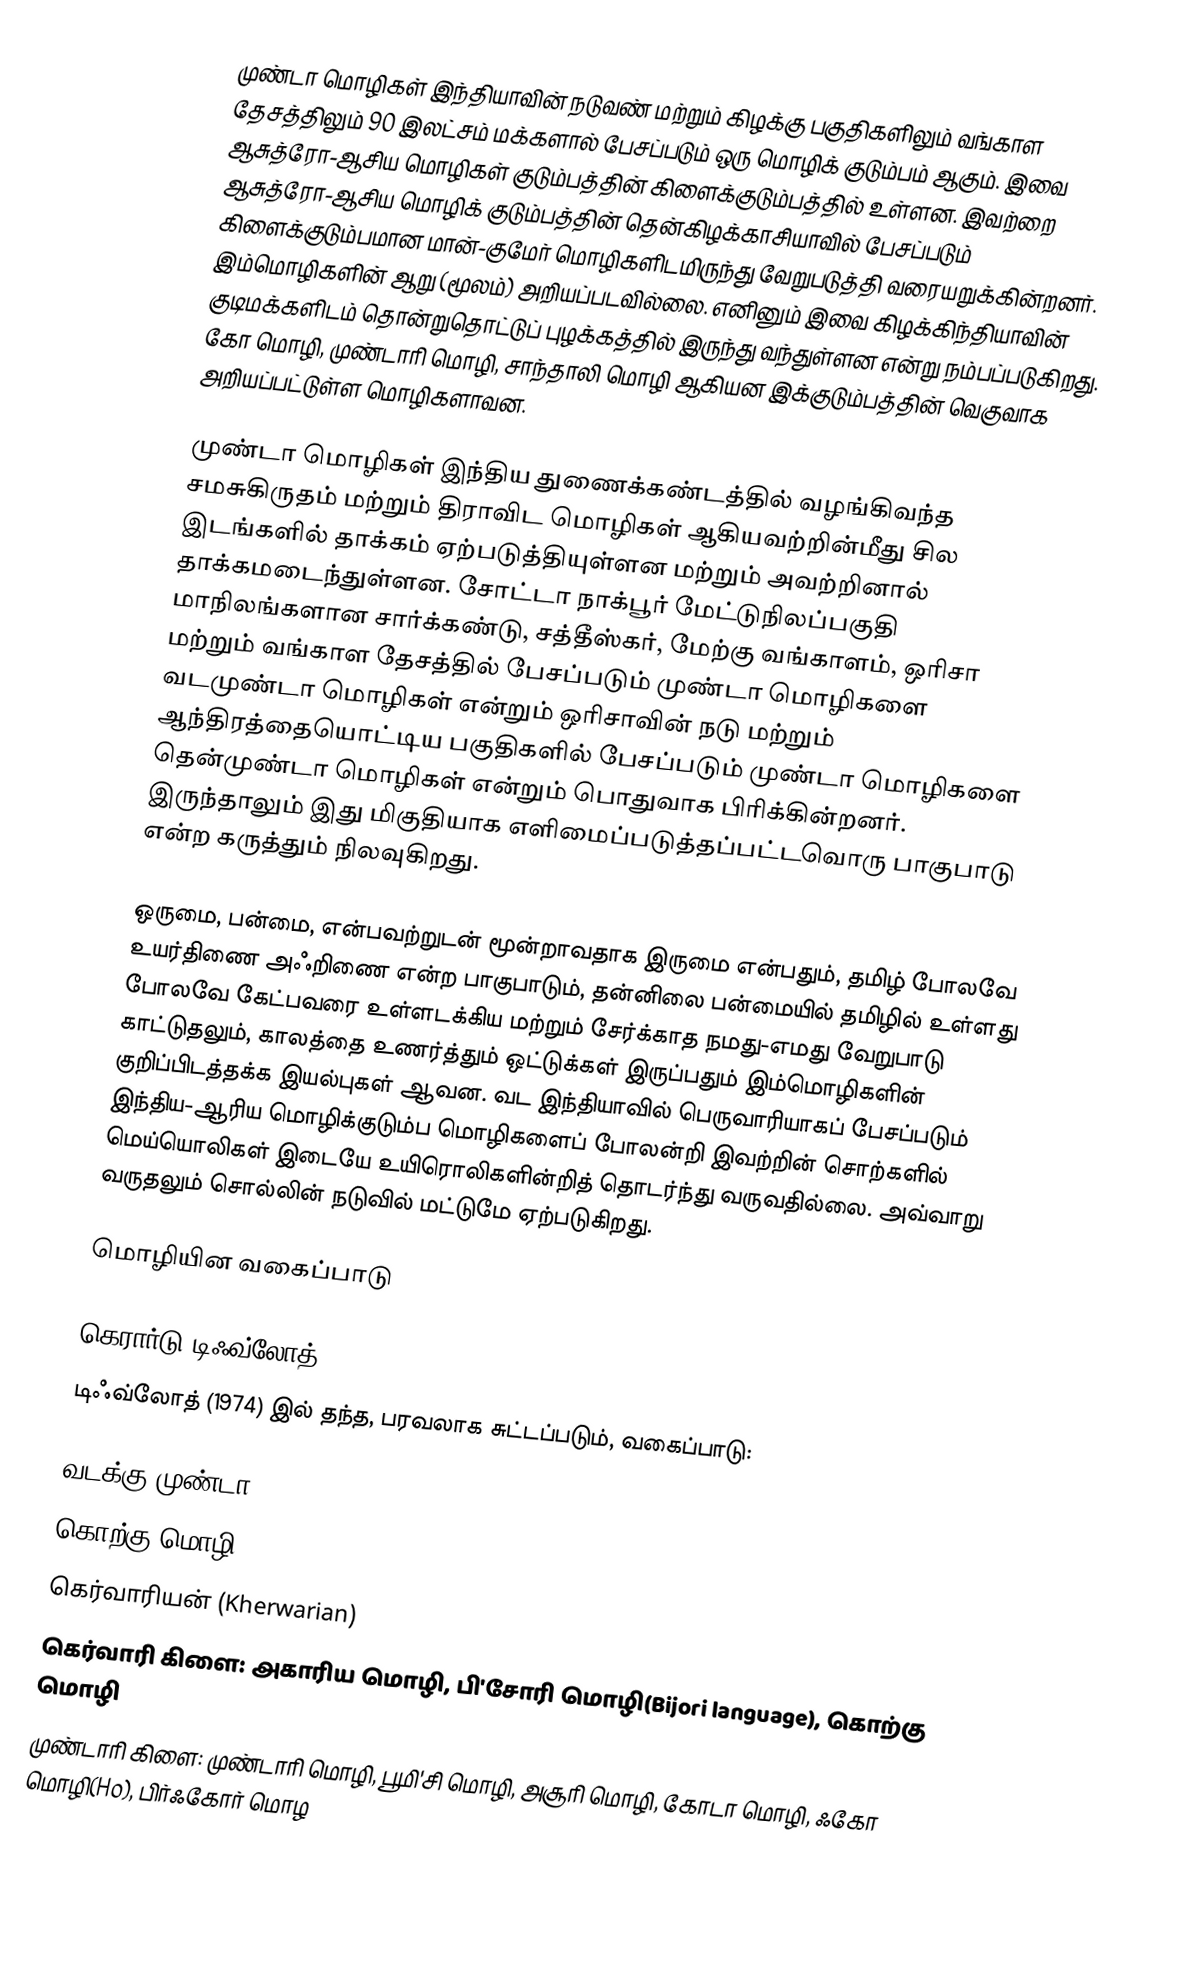
முண்டா மொழிகள்  இந்தியாவின் நடுவண் மற்றும் கிழக்கு பகுதிகளிலும் வங்காள தேசத்திலும் 90 இலட்சம் மக்களால் பேசப்படும் ஒரு மொழிக் குடும்பம் ஆகும். இவை ஆசுத்ரோ-ஆசிய மொழிகள் குடும்பத்தின் கிளைக்குடும்பத்தில் உள்ளன. இவற்றை  ஆசுத்ரோ-ஆசிய மொழிக் குடும்பத்தின்  தென்கிழக்காசியாவில் பேசப்படும் கிளைக்குடும்பமான மான்-குமேர் மொழிகளிடமிருந்து வேறுபடுத்தி வரையறுக்கின்றனர். இம்மொழிகளின் ஆறு (மூலம்) அறியப்படவில்லை. எனினும் இவை கிழக்கிந்தியாவின் குடிமக்களிடம் தொன்றுதொட்டுப் புழக்கத்தில் இருந்து வந்துள்ளன என்று நம்பப்படுகிறது. கோ மொழி, முண்டாரி மொழி, சாந்தாலி மொழி ஆகியன இக்குடும்பத்தின் வெகுவாக அறியப்பட்டுள்ள மொழிகளாவன.

முண்டா மொழிகள் இந்திய துணைக்கண்டத்தில் வழங்கிவந்த சமசுகிருதம் மற்றும் திராவிட மொழிகள் ஆகியவற்றின்மீது சில இடங்களில் தாக்கம் ஏற்படுத்தியுள்ளன மற்றும் அவற்றினால் தாக்கமடைந்துள்ளன. சோட்டா நாக்பூர் மேட்டுநிலப்பகுதி மாநிலங்களான சார்க்கண்டு, சத்தீஸ்கர், மேற்கு வங்காளம், ஒரிசா மற்றும் வங்காள தேசத்தில் பேசப்படும் முண்டா மொழிகளை வடமுண்டா மொழிகள் என்றும் ஒரிசாவின் நடு மற்றும் ஆந்திரத்தையொட்டிய  பகுதிகளில் பேசப்படும் முண்டா மொழிகளை தென்முண்டா மொழிகள் என்றும் பொதுவாக பிரிக்கின்றனர். இருந்தாலும் இது மிகுதியாக எளிமைப்படுத்தப்பட்டவொரு பாகுபாடு என்ற கருத்தும் நிலவுகிறது.

ஒருமை, பன்மை, என்பவற்றுடன் மூன்றாவதாக இருமை என்பதும், தமிழ் போலவே உயர்திணை அஃறிணை என்ற பாகுபாடும், தன்னிலை பன்மையில் தமிழில் உள்ளது போலவே கேட்பவரை உள்ளடக்கிய மற்றும் சேர்க்காத நமது-எமது வேறுபாடு காட்டுதலும், காலத்தை உணர்த்தும் ஒட்டுக்கள் இருப்பதும் இம்மொழிகளின் குறிப்பிடத்தக்க இயல்புகள் ஆவன. வட இந்தியாவில் பெருவாரியாகப் பேசப்படும் இந்திய-ஆரிய மொழிக்குடும்ப மொழிகளைப் போலன்றி இவற்றின் சொற்களில் மெய்யொலிகள் இடையே உயிரொலிகளின்றித் தொடர்ந்து வருவதில்லை. அவ்வாறு வருதலும் சொல்லின் நடுவில் மட்டுமே ஏற்படுகிறது.

மொழியின வகைப்பாடு

கெரார்டு டிஃவ்லோத்(1974)
டிஃவ்லோத் (1974) இல் தந்த, பரவலாக சுட்டப்படும், வகைப்பாடு:

வடக்கு முண்டா
 கொற்கு மொழி
கெர்வாரியன் (Kherwarian)
கெர்வாரி கிளை: அகாரிய மொழி, பி'சோரி மொழி(Bijori language), கொற்கு மொழி
முண்டாரி கிளை: முண்டாரி மொழி, பூமி'சி மொழி, அசூரி மொழி, கோடா மொழி, ஃகோ மொழி(Ho), பிர்ஃகோர் மொழ